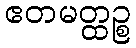
ဧတမတ္ထဉ္စ